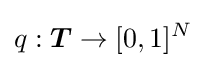
q:{\boldsymbol {T}}\rightarrow [0,1]^{N}